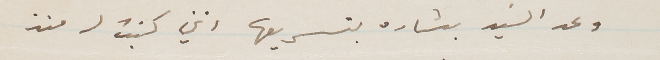
وعد السَيد بشاره بتسريعها انني كتبت له منذ